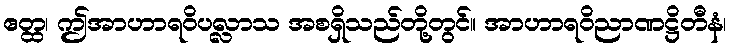
ဧတ္ထ၊ ဤအာဟာရဝိပလ္လာသ အစရှိသည်တို့တွင်။ အာဟာရဝိညာဏဋ္ဌိတီနံ၊